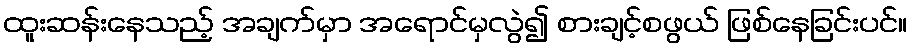
ထူးဆန်းနေသည့် အချက်မှာ အရောင်မှလွဲ၍ စားချင့်စဖွယ် ဖြစ်နေခြင်းပင်။